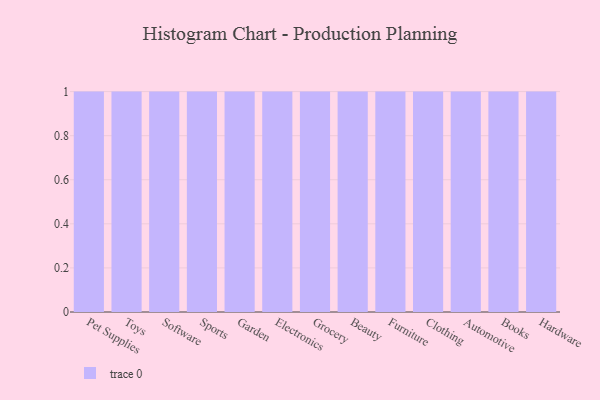
{"axis": {"x": "Category", "y": "Gross Profit (USD K)"}, "legend": [""], "data": [{"x": "Pet Supplies", "y": 29, "type": ""}, {"x": "Toys", "y": 26, "type": ""}, {"x": "Software", "y": 35, "type": ""}, {"x": "Sports", "y": 31, "type": ""}, {"x": "Garden", "y": 33, "type": ""}, {"x": "Electronics", "y": 38, "type": ""}, {"x": "Grocery", "y": 38, "type": ""}, {"x": "Beauty", "y": 71, "type": ""}, {"x": "Furniture", "y": 83, "type": ""}, {"x": "Clothing", "y": 99, "type": ""}, {"x": "Automotive", "y": 24, "type": ""}, {"x": "Books", "y": 46, "type": ""}, {"x": "Hardware", "y": 92, "type": ""}]}